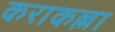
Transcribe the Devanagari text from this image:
कराकल्ला